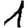
Digit: 1